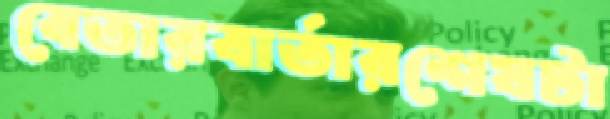
বেতারবার্তারশেষটা